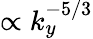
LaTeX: \propto k_{y}^{-5/3}